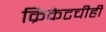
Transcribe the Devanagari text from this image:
क्रिकेटचीही